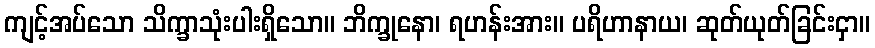
ကျင့်အပ်သော သိက္ခာသုံးပါးရှိသော။ ဘိက္ခုနော၊ ရဟန်းအား။ ပရိဟာနာယ၊ ဆုတ်ယုတ်ခြင်းငှာ။